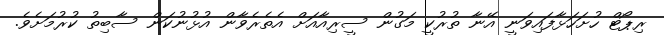
ރިޕޯޓް ހުށަހަޅާފައިވަނީ އޭނާ ތުރުކީ މަގުން ސީރިއާއަށް އެތެރެވާން އުޅުނުކަން ސާބިތު ކުރުމަށެވެ.